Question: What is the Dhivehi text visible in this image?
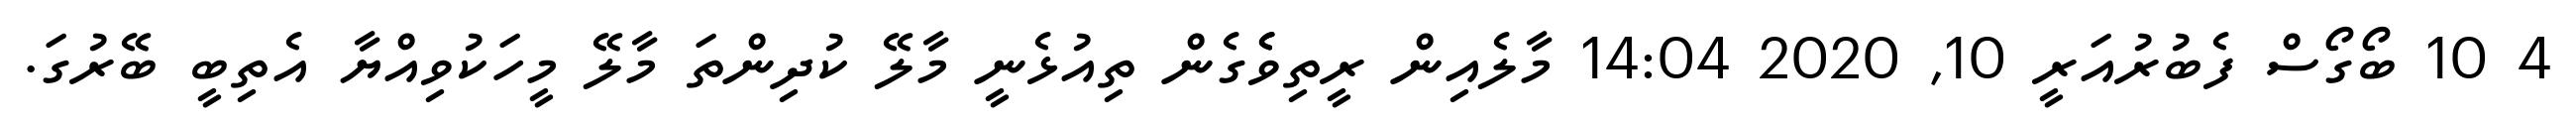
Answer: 4 10 ބޯގޯސް ފެބުރުއަރީ 10, 2020 14:04 މާލެއިން ރީތިވެެގެން ތިއުޅެނީ މާލޭ ކުދިންތަ މާލޭ މީހަކުވިއްޔާ އެތިބީ ބޭރުގަ.